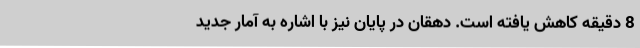
8 دقیقه کاهش یافته است. دهقان در پایان نیز با اشاره به آمار جدید